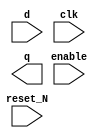
////////////////////////////////////////////////////////////////////////////////
//
//       This confidential and proprietary software may be used only
//     as authorized by a licensing agreement from Synopsys Inc.
//     In the event of publication, the following notice is applicable:
//
//                    (C) COPYRIGHT 1996 - 2023 SYNOPSYS INC.
//                           ALL RIGHTS RESERVED
//
//       The entire notice above must be reproduced on all authorized
//     copies.
//
//
// VERSION:   Simulation Architecture
//
// DesignWare_version: 96302a42
// DesignWare_release: U-2022.12-DWBB_202212.5
//
////////////////////////////////////////////////////////////////////////////////
//-----------------------------------------------------------------------------------
//
// ABSTRACT:  
//
//	        Add parameter checking and x-handling
//              Reto Zimmermann  Nov 02, 1999
//              Rewrite (separating sequential and combinatorial code)
//           
//---------------------------------------------------------------------------------
//
module DW03_reg_s_pl
  (d, clk, reset_N, enable, q);

  parameter integer width = 8;
  parameter integer reset_value = 0;

  input  [width-1:0] d;
  input  clk, reset_N, enable;
  output [width-1:0] q;
  
  reg  [width-1:0] q_int, next_q_int;

  // synopsys translate_off
  

  
 
  initial begin : parameter_check
    integer param_err_flg;

    param_err_flg = 0;
    
 
    
    if (width < 1 ) begin
      param_err_flg = 1;
      $display(
	"ERROR: %m :\n  Invalid value (%d) for parameter width (lower bound: 1 )",
	width );
    end

    if (width <= 31) begin
      if ( (reset_value < 0) || (reset_value > (1<<width)-1 ) ) begin
	param_err_flg = 1;
	$display ("ERROR: %m : Invalid value (%d) for parameter, reset_value (legal range: 0 through %d )",
		  reset_value, (1<<width)-1);
      end
    end
    else if (reset_value != 0) begin
      param_err_flg = 1;
      $display ("ERROR: %m : Invalid value (%d) for parameter, reset_value (legal value for width >=32: 0)",
		reset_value);
    end
  
  
    if ( param_err_flg == 1) begin
      $display(
        "%m :\n  Simulation aborted due to invalid parameter value(s)");
      $finish;
    end

  end // parameter_check 



  always @ (enable or reset_N or d or q_int)
  begin : mk_next_q_int

    if (reset_N === 1'b0)
      next_q_int = reset_value;

    else if (reset_N === 1'b1)
      if (enable === 1'b1)
	next_q_int = d;

      else if (enable === 1'b0)
	next_q_int = q_int;

      else
	next_q_int = {width{1'bx}};

    else
      next_q_int = {width{1'bx}};

  end // mk_next_q_int
  
  
  always @ (posedge clk)
  begin : clk_register

    q_int <= next_q_int;

  end // clk_register
  

  assign q = q_int;

  
  
`ifndef DW_DISABLE_CLK_MONITOR
`ifndef DW_SUPPRESS_WARN
  always @ (clk) begin : clk_monitor 
    if ( (clk !== 1'b0) && (clk !== 1'b1) && ($time > 0) )
      $display ("WARNING: %m:\n at time = %0t: Detected unknown value, %b, on clk input.", $time, clk);
    end // clk_monitor 
`endif
`endif

    
  // synopsys translate_on
 
 
endmodule